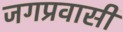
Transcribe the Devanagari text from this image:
जगप्रवासी